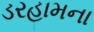
ડરહામના